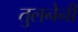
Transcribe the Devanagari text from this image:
तुलनेनी